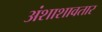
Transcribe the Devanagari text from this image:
अंशाशावतार